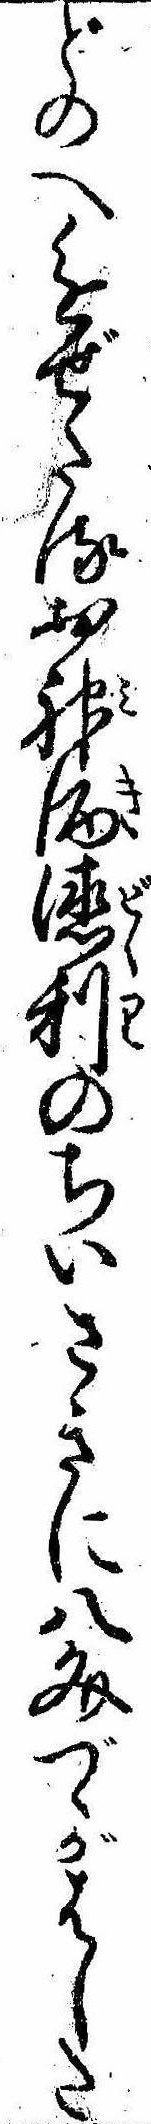
どのへ進ぜたるお神酒徳利のちいさきに八文づゝがはした